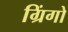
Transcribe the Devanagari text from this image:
ग्रिंगो